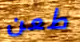
طعن